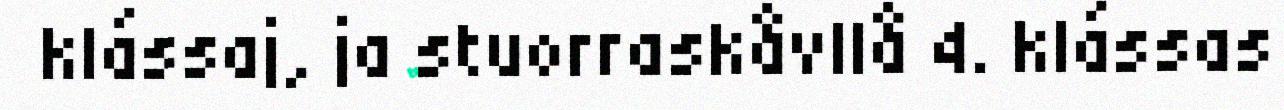
klássaj, ja stuorraskåvllå 4. klássas